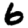
Digit: 6